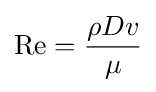
{\text{Re}}={\frac {\rho Dv}{\mu }}